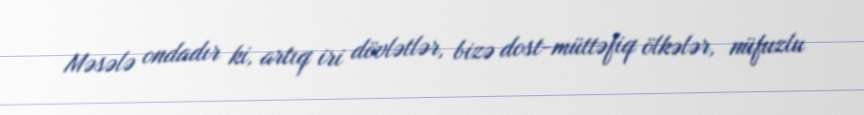
Məsələ ondadır ki, artıq iri dövlətlər, bizə dost-müttəfiq ölkələr, nüfuzlu